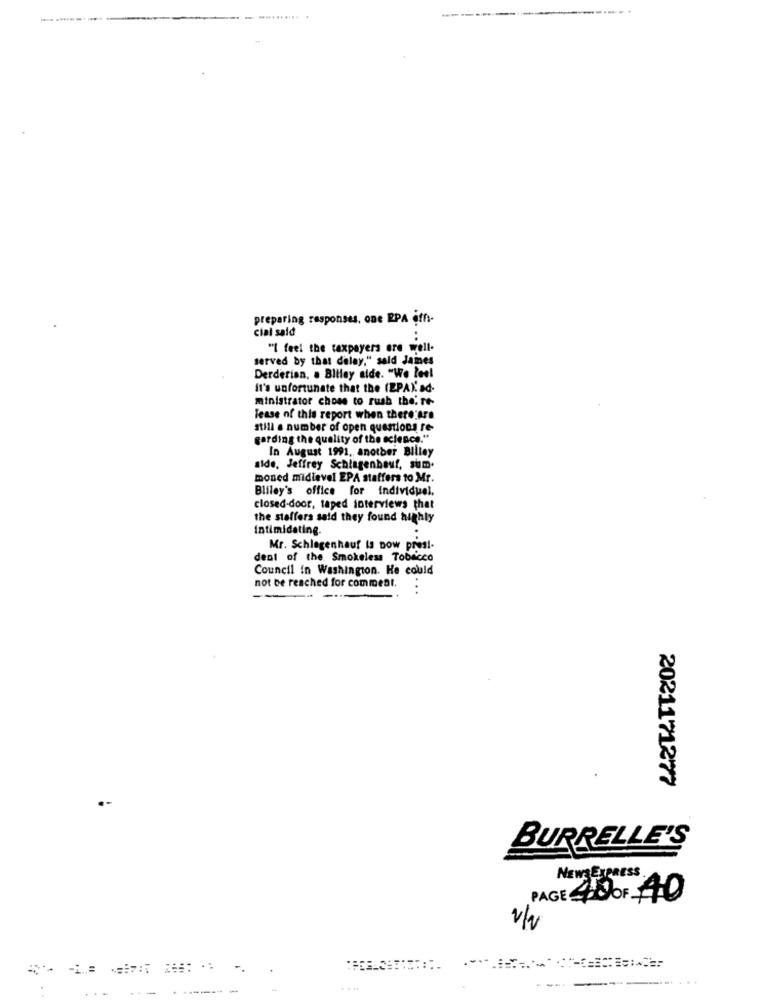
preparing responses, one RPA offi-
cial said
"I feel the taxpayers are well-
served by that delay," said James
Derderian, . Bliley alde. "We leel
it's unfortunate that the (EPA). ad-
ministrator chose to rush the. Te-
lease of this report when there Are
still a number of open questions re
garding the quality of the science."
In August 1991. another Billey
aide, Jeffrey Schlagenbauf, sum.
moned midlevel EPA staffers to Mr.
Bliley's office for individuel,
closed-door, taped interviews that
the staffers said they found highly
Intimidating.
Mr. Schlagenhauf is Dow presi-
dent of the Smokeless Tobacco
Council in Washington. He could
not be reached for commeat.
..
2021171277
BURRELLE'S
NEWSEXPRESS.
PAGE 40 OF 740
v/v
------
...
------- -
...